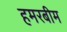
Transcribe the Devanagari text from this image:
हमरबीम